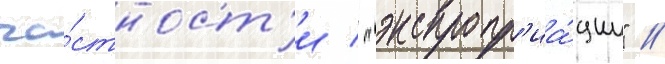
ча́стност'и / "экспропр'иа́ции" //